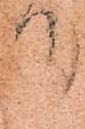
て